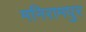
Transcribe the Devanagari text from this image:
मनिरामपुर